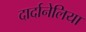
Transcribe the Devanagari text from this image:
दार्दानेलिया